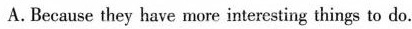
A.Because they have more interesting things to do.